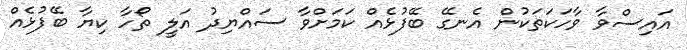
އައިސްވާ ވާހަކަތަކުން އެނގޭ ބޭފުޅެއް ކަމަށްވާ ސައްޔިދު އަލީ ތޯހާ ކިޔާ ބޭފުޅެއް